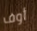
أوف